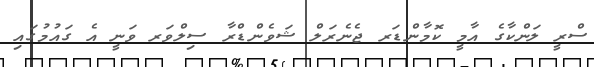
ސްރީ ލަންކާގެ އާމީ ކޮމާންޑަރ ޖެނެރަލް ޝަވެންޑްރާ ސިލްވަރ ވަނީ އެ ގައުމުގައި